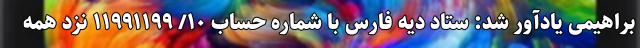
براهیمی یادآور شد: ستاد دیه فارس با شماره حساب ۱۰/ ۱۱۹۹۱۱۹۹ نزد همه